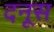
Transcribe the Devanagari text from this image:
दनूस